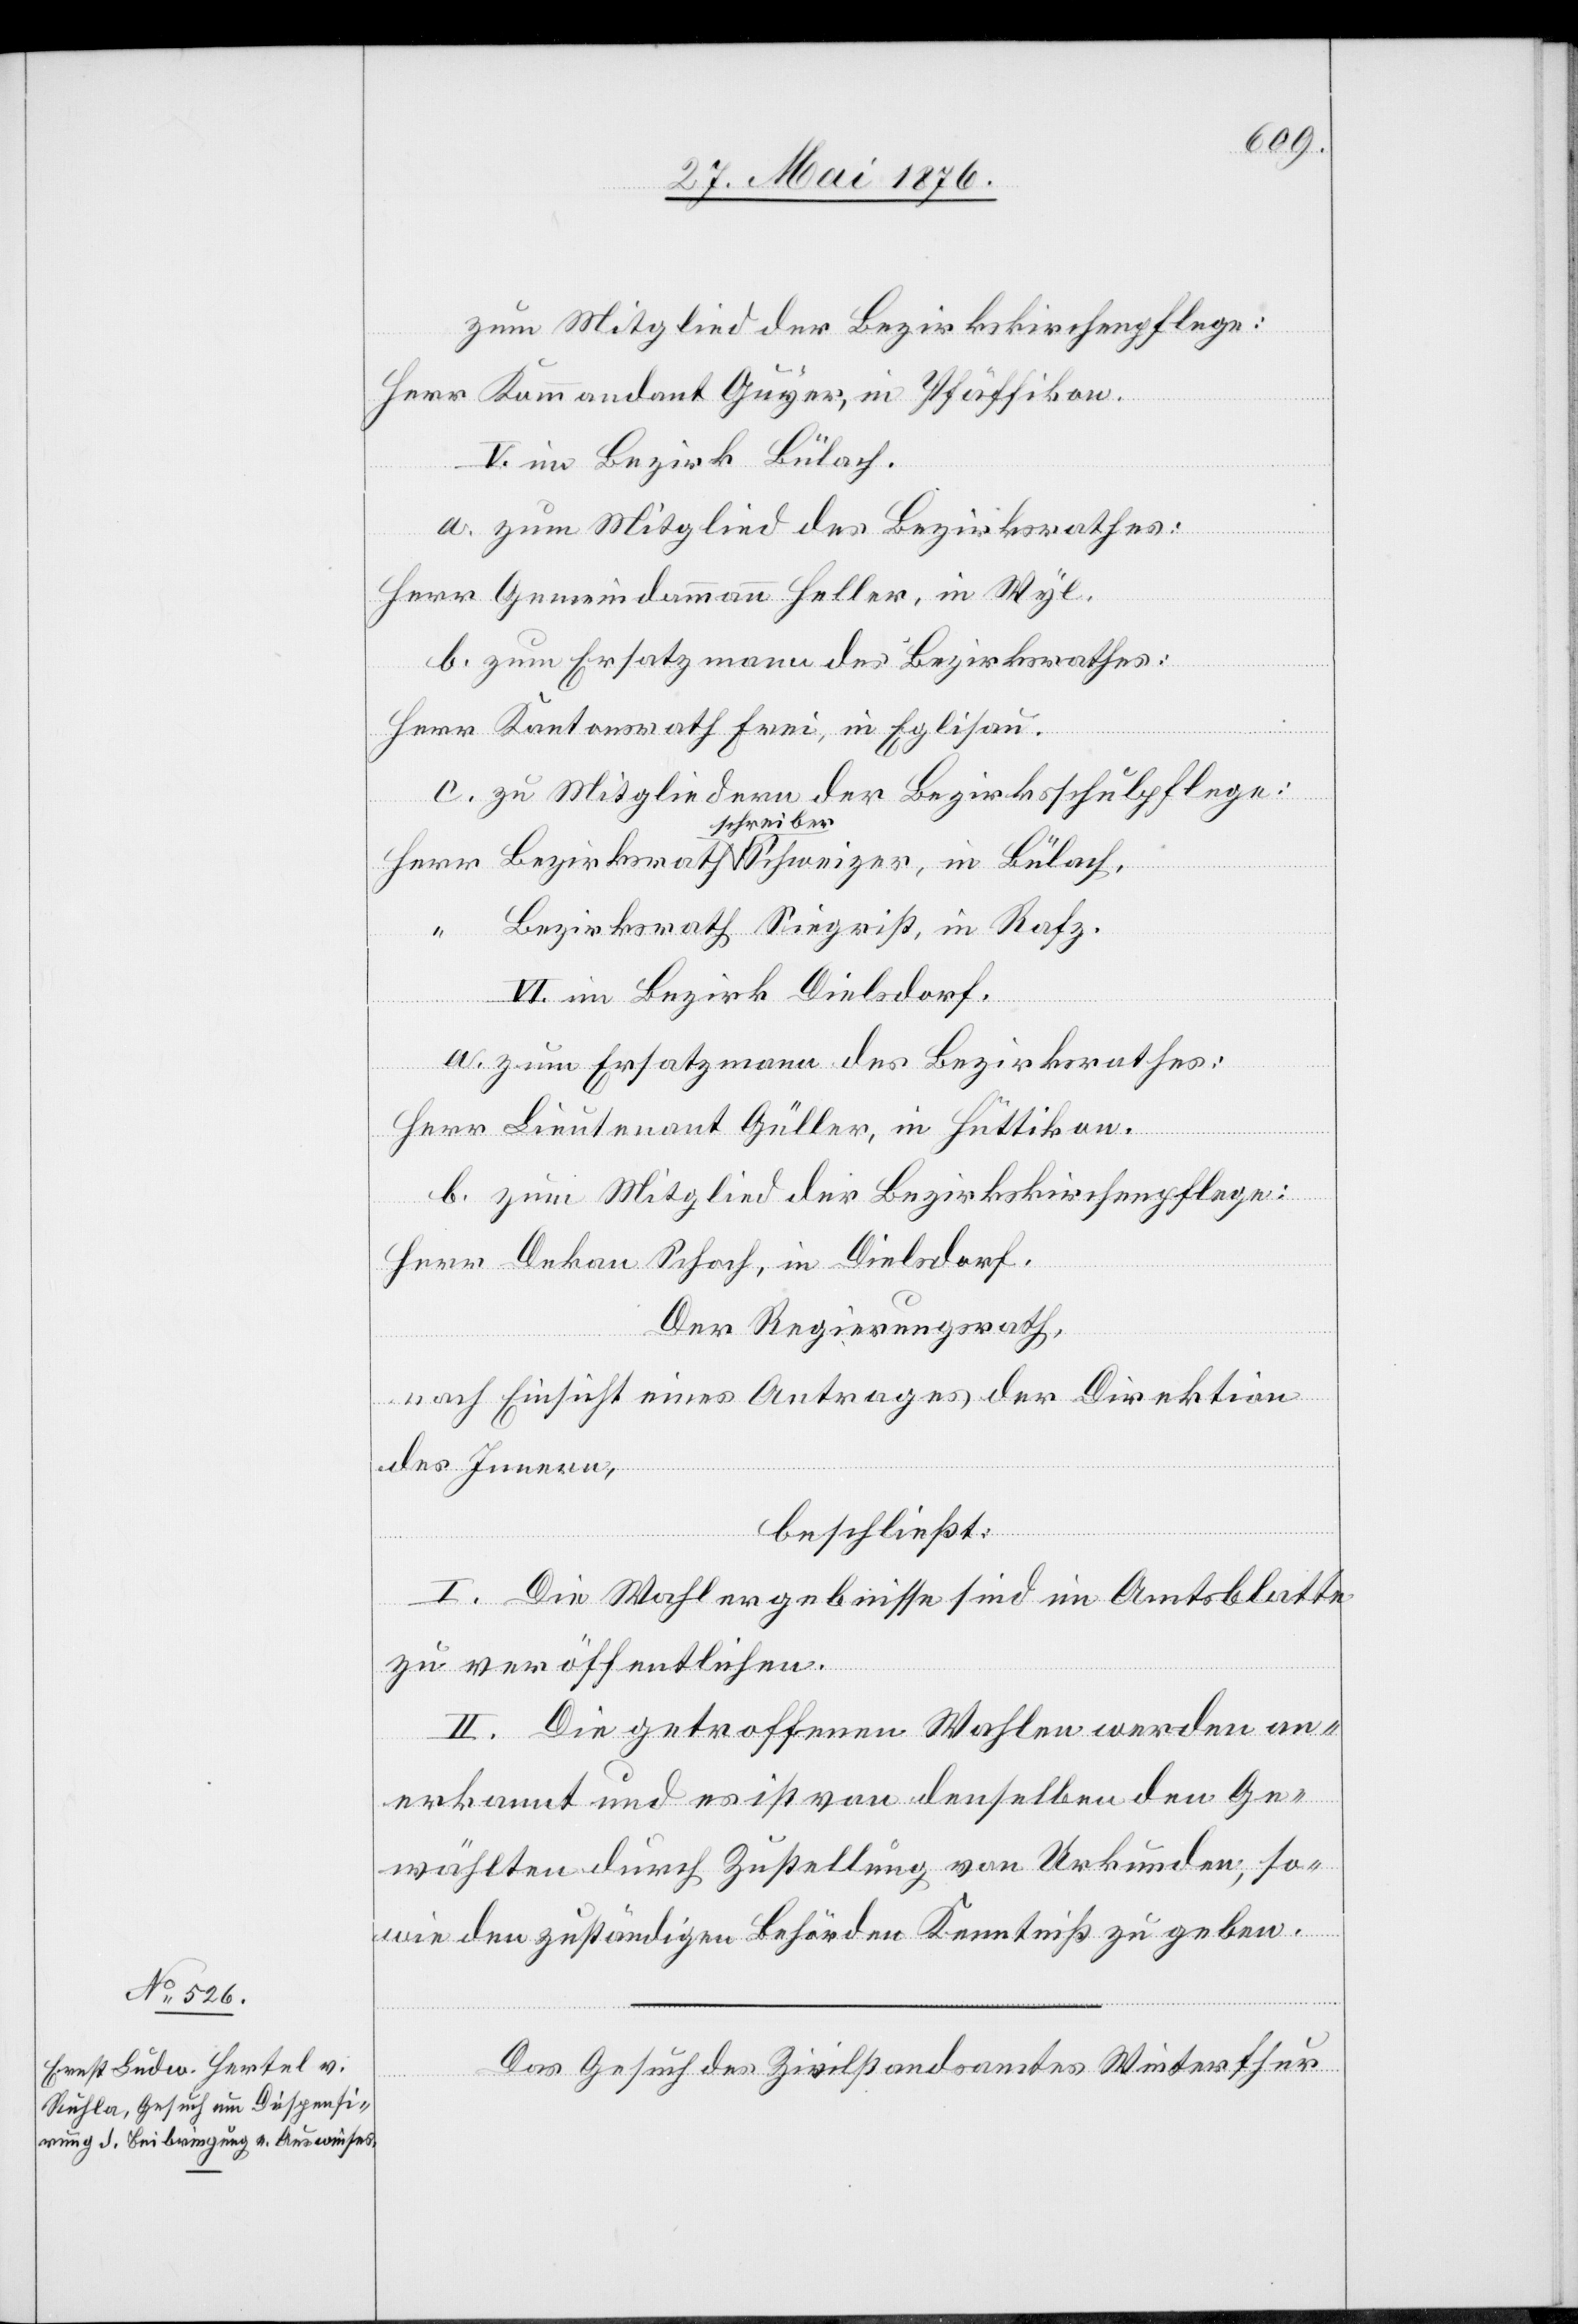
31. Mai 1876.]
zum Mitglied der Bezirkskirchenpflege:
Herr Kommandant Guyer, in Pfäffikon.
V. im Bezirk Bülach.
a. zum Mitglied des Bezirksrathes:
Herr Gemeindammann Heller, in Wyl.
b. zum Ersatzmann des Bezirksrathes:
Herr Kantonsrath Frei, in Eglisau.
c. zu Mitgliedern der Bezirksschulpflege:
Schweizer
Schreiber
Bezirksrath Siegrist, in Rafz.
VI. im Bezirk Dielsdorf.
Bülach.
a. zum Ersatzmann des Bezirksrathes:
Herr Lieutenant Güller, in Hüttikon.
b. zum Mitglied der Bezirksschulpflege:
Herr Dekan Schoch, in Dielsdorf.
Der Regierungsrath,
in
nach Einsicht eines Antrages der Direktion
des Innern,
“
beschließt:
I. Die Wahlergebnisse sind im Amtsblatte
zu veröffentlichen.
II. Die getroffenen Wahlen werden an¬
erkannt und es ist von denselben den Ge¬
wählten durch Zustellung von Urkunden, so¬
wie den zuständigen Behörden Kenntniß zu geben.
Das Gesuch des Zivilstandsamtes Winterthur